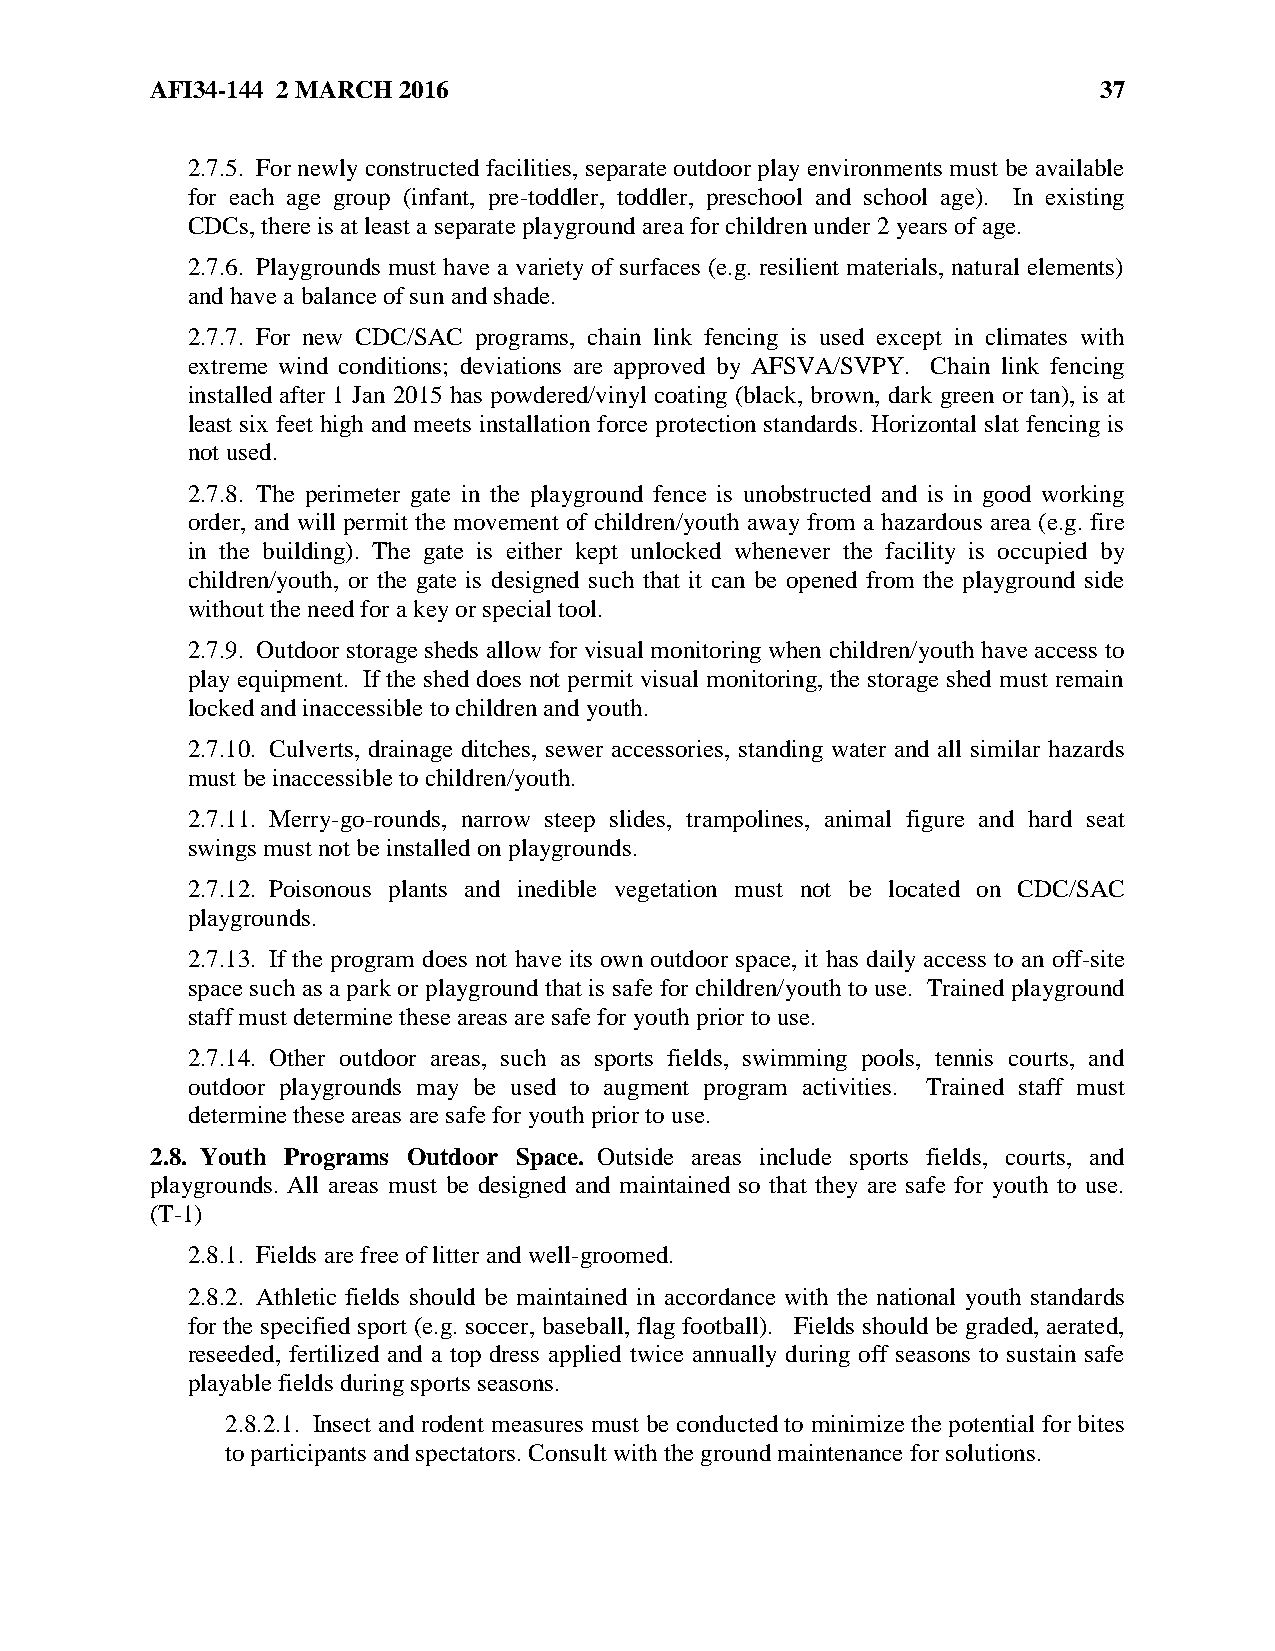
AFI34-144 2 MARCH 2016                                         37
 2.7.5. For newly constructed facilities, separate outdoor play environments must be available
 for each age group (infant, pre-toddler, toddler, preschool and school age). In existing
 CDCs, there is at least a separate playground area for children under 2 years of age.
 2.7.6. Playgrounds must have a variety of surfaces (e.g. resilient materials, natural elements)
 and have a balance of sun and shade.
 2.7.7. For new CDC/SAC programs, chain link fencing is used except in climates with
 extreme wind conditions; deviations are approved by AFSVA/SVPY. Chain link fencing
 installed after 1 Jan 2015 has powdered/vinyl coating (black, brown, dark green or tan), is at
 least six feet high and meets installation force protection standards. Horizontal slat fencing is
 not used.
 2.7.8. The perimeter gate in the playground fence is unobstructed and is in good working
 order, and will permit the movement of children/youth away from a hazardous area (e.g. fire
 in the building). The gate is either kept unlocked whenever the facility is occupied by
 children/youth, or the gate is designed such that it can be opened from the playground side
 without the need for a key or special tool.
 2.7.9. Outdoor storage sheds allow for visual monitoring when children/youth have access to
 play equipment. If the shed does not permit visual monitoring, the storage shed must remain
 locked and inaccessible to children and youth.
 2.7.10. Culverts, drainage ditches, sewer accessories, standing water and all similar hazards
 must be inaccessible to children/youth.
 2.7.11. Merry-go-rounds, narrow steep slides, trampolines, animal figure and hard seat
 swings must not be installed on playgrounds.
 2.7.12. Poisonous plants and inedible vegetation must not be located on CDC/SAC
 playgrounds.
 2.7.13. If the program does not have its own outdoor space, it has daily access to an off-site
 space such as a park or playground that is safe for children/youth to use. Trained playground
 staff must determine these areas are safe for youth prior to use.
 2.7.14. Other outdoor areas, such as sports fields, swimming pools, tennis courts, and
 outdoor playgrounds may be used to augment program activities. Trained staff must
 determine these areas are safe for youth prior to use.
 2.8. Youth Programs Outdoor Space. Outside areas include sports fields, courts, and
 playgrounds. All areas must be designed and maintained so that they are safe for youth to use.
 (T-1)
 2.8.1. Fields are free of litter and well-groomed.
 2.8.2. Athletic fields should be maintained in accordance with the national youth standards
 for the specified sport (e.g. soccer, baseball, flag football). Fields should be graded, aerated,
 reseeded, fertilized and a top dress applied twice annually during off seasons to sustain safe
 playable fields during sports seasons.
 2.8.2.1. Insect and rodent measures must be conducted to minimize the potential for bites
 to participants and spectators. Consult with the ground maintenance for solutions.